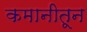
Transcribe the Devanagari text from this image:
कमानीतून